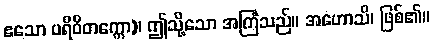
ဧသော ပရိဝိတက္ကော)၊ ဤသို့သော အကြံသည်။ အဟောသိ၊ ဖြစ်၏။